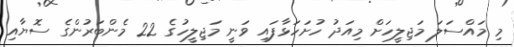
މި މައްސަލަ މަޖިލީހަށް މިއަދު ހުށަހަޅާފައި ވަނީ މަޖިލީހުގެ 22 މެންބަރުންގެ ސޮޔާއި